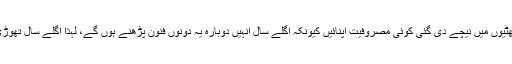
اس لیے جو ساتھی درجۂ اولیٰ پڑھ چکے ہیں وہ چھٹیوں میں نیچے دی گئی کوئی مصروفیت اپنائیں کیونکہ اگلے سال انہیں دوبارہ یہ دونوں فنون پڑھنے ہوں گے، لہٰذا اگلے سال تھوڑی سی ہمت کرکے ان فنون پر قابو پایا جاسکتا ہے۔